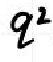
\(q^{2}\)